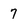
Character: 7